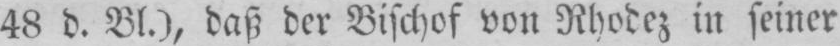
48 d. Bl.), daß der Bischof von Rhodez in seiner